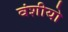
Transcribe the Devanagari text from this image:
वंशीयो